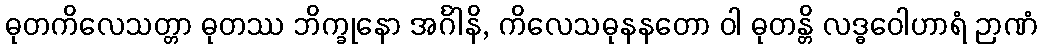
ဓုတကိလေသတ္တာ ဓုတဿ ဘိက္ခုနော အင်္ဂါနိ, ကိလေသဓုနနတော ဝါ ဓုတန္တိ လဒ္ဓဝေါဟာရံ ဉာဏံ